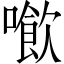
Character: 𠿮